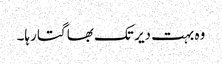
وہ بہت دیر تک بھاگتا رہا۔